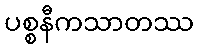
ပစ္စနီကသာတဿ